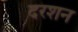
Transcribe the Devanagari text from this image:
दरशन